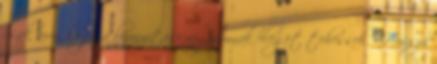
csak arra, hogy a bizonyítási vágyamnak eleget tehessek. -Hosszú